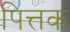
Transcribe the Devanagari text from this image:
पित्तक